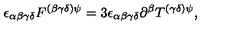
\epsilon _ { \alpha \beta \gamma \delta } F ^ { ( \beta \gamma \delta ) \psi } = 3 \epsilon _ { \alpha \beta \gamma \delta } \partial ^ { \beta } T ^ { ( \gamma \delta ) \psi } ,